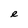
Character: e